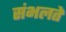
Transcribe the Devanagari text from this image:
संभलते